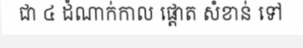
ជា ៤ ដំណាក់កាល ផ្តោត សំខាន់ ទៅ